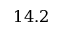
1 4 . 2